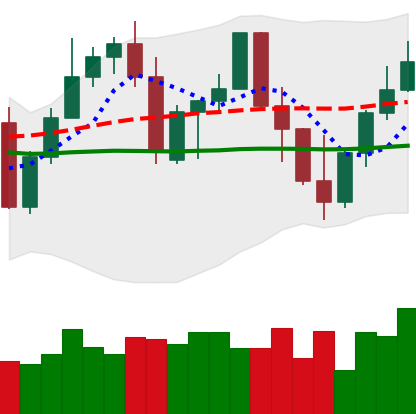
Ticker: LINK-USD
Chart end date: 2022-09-25
Forward return: -3.62%
Label: down_3_5